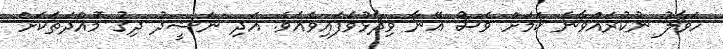
ހަވާލު ނުކުރައްވާނެ ކަމަށް ވެސް އޭނާ ވިދާޅުވެފައިވެއެވެ. އަދި ނަޝީދު ދިގު މުައްދަތަކަށް